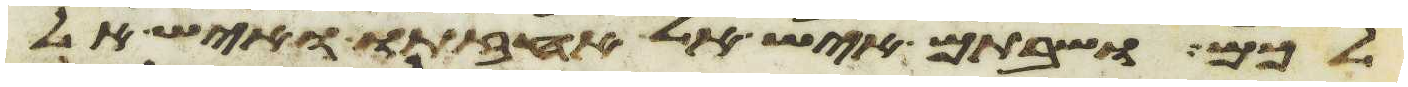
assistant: לכם ושבתם איש אל אחזתו ואיש אל